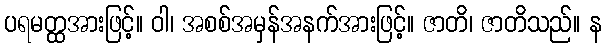
ပရမတ္ထအားဖြင့်။ ဝါ၊ အစစ်အမှန်အနက်အားဖြင့်။ ဇာတိ၊ ဇာတိသည်။ န